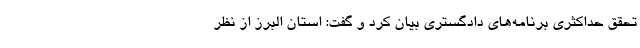
تحقق حداکثری برنامه‌های دادگستری بیان کرد و گفت: استان البرز از نظر